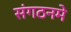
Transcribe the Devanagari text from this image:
संगठनमे